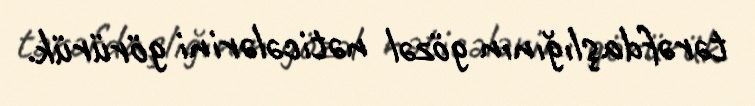
tərəfdaşlığının gözəl nəticələrini görürük.